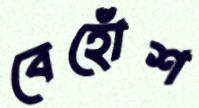
বেহোঁশ